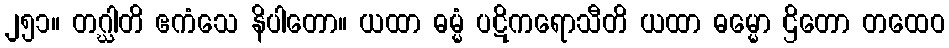
၂၅၁။ တဂ္ဃါတိ ဧကံသေ နိပါတော။ ယထာ ဓမ္မံ ပဋိကရောသီတိ ယထာ ဓမ္မော ဌိတော တထေဝ